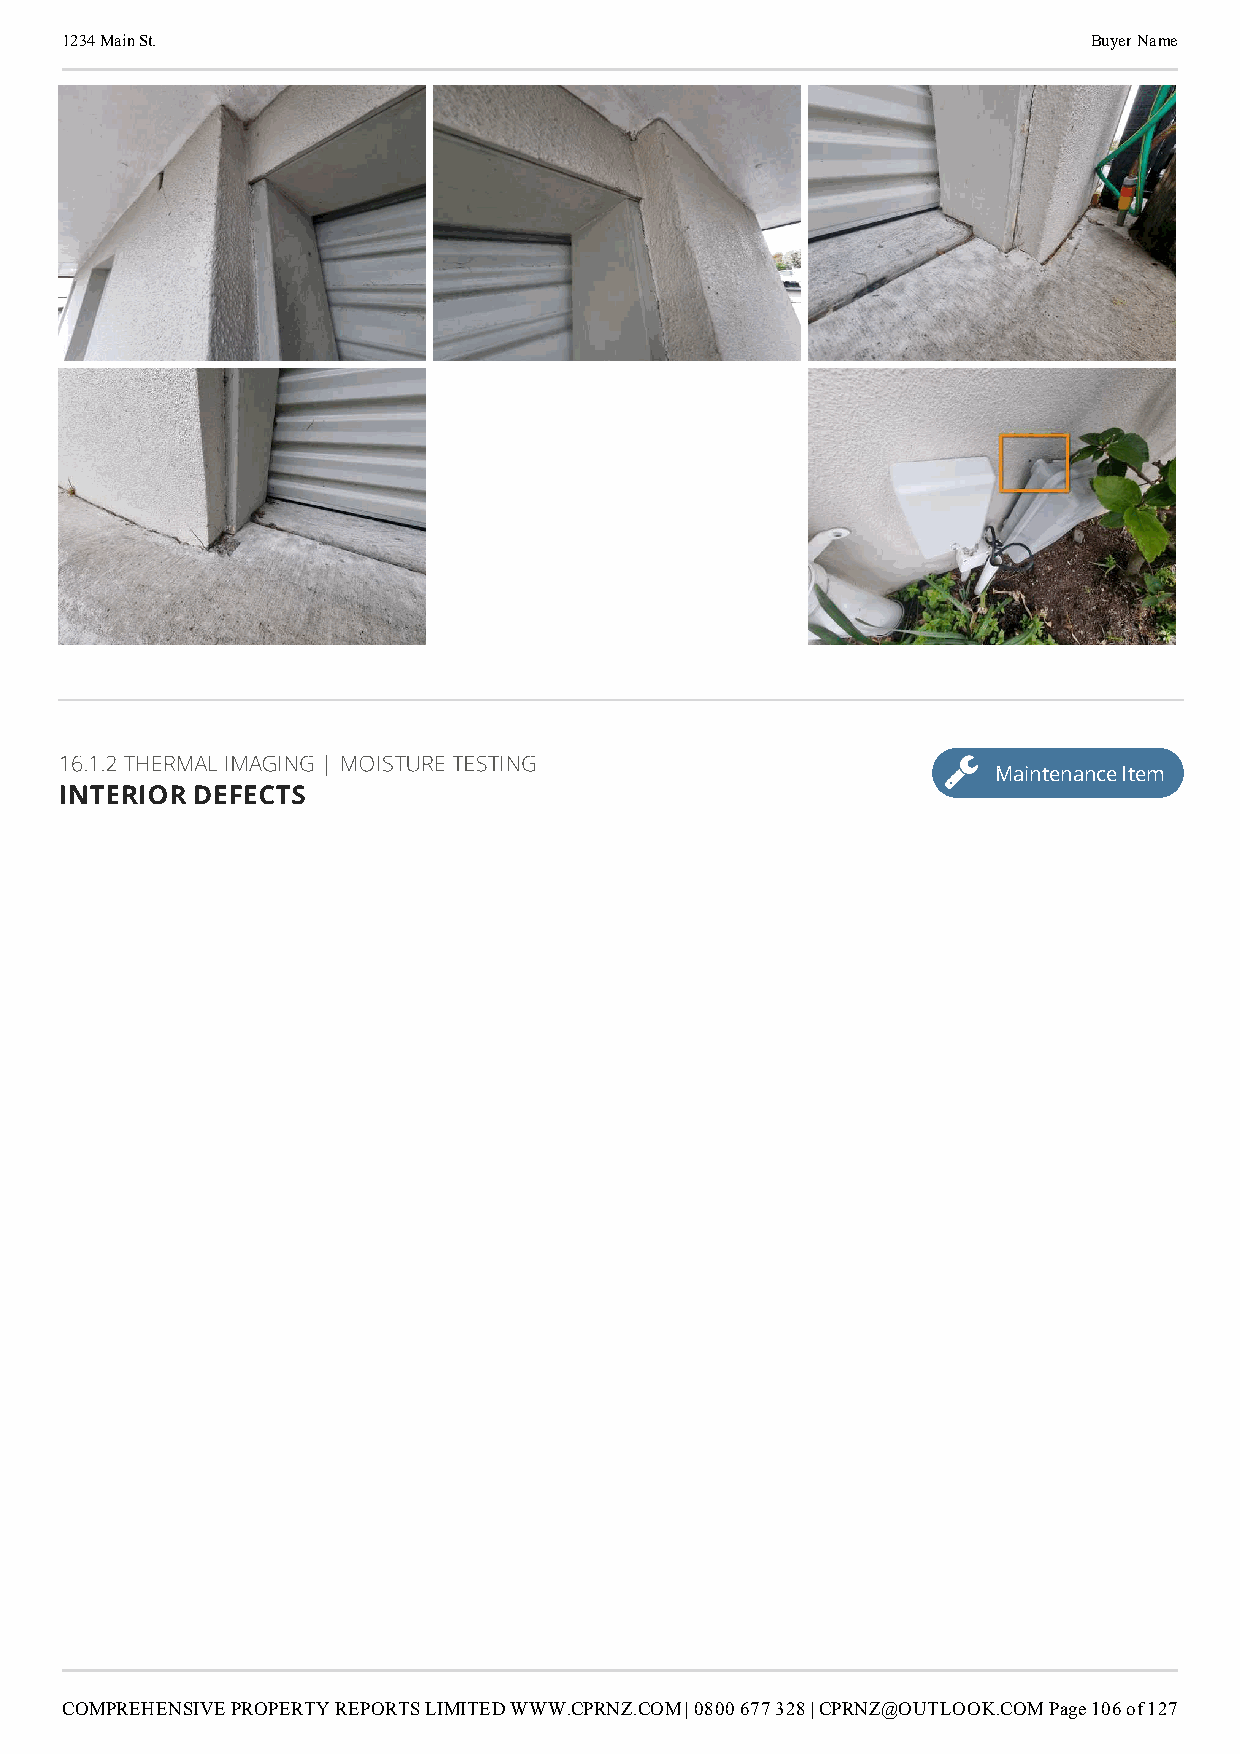
1234 Main St.                                                       Buyer Name
 16.1.2 THERMAL IMAGING | MOISTURE TESTING
 Maintenance Item
 INTERIOR DEFECTS
 COMPREHENSIVE PROPERTY REPORTS LIMITED WWW.CPRNZ.COM | 0800 677 328 | CPRNZ@OUTLOOK.COMPage 106 of 127